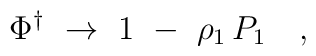
\Phi^\dagger\ \to\ 1\ -\ \rho_1\,P_1 \quad,